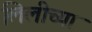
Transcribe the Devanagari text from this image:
लिलीच्या